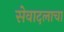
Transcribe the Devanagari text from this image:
सेवादलाचा